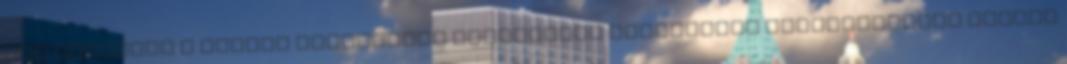
Ezt követően a Magyar Szabadalmi Hivataltól Szabadalmi Mintaoltalmat kapott